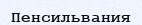
Пенсильвания